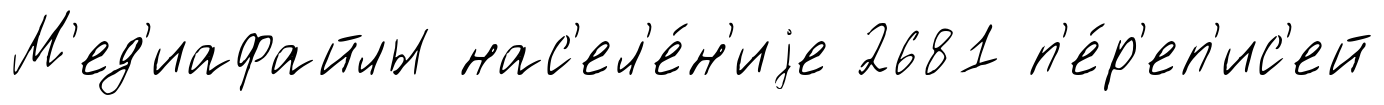
М'ед'иафайлы нас'ел'е́н'иjе 2681 п'е́р'еп'ис'ей